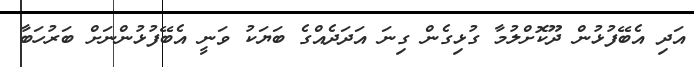
އަދި އެބޭފުޅުން ދޫކޮށްލުމާ ގުޅިގެން ގިނަ އަދަދެއްގެ ބަޔަކު ވަނީ އެބޭފުޅުންނަށް ބަރުހަބާ